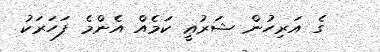
ގެ އަރިހުން ޝަރުޢީ ކަމެއް އެންމެ ފަހަރަކު